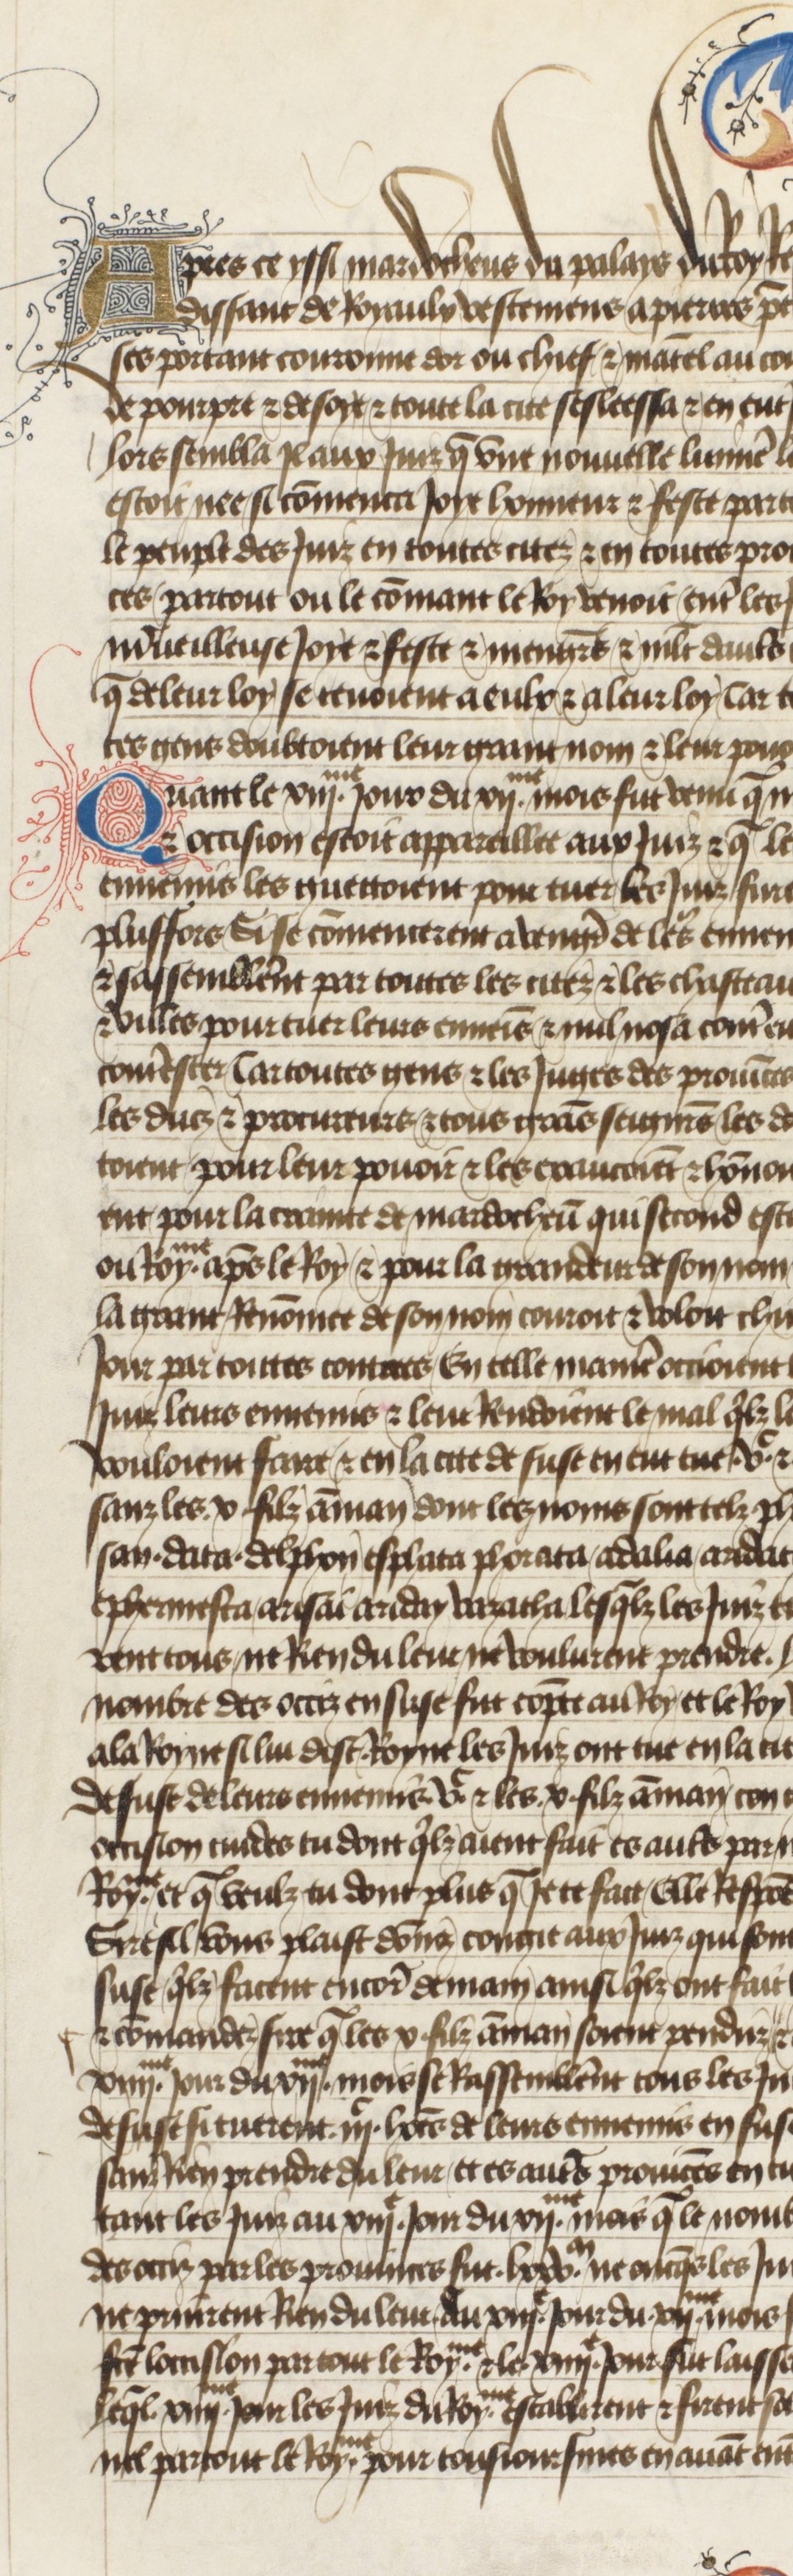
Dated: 1400–1450